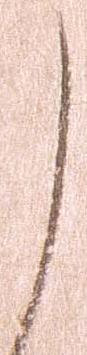
し